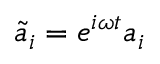
\tilde { a } _ { i } = e ^ { i \omega t } a _ { i }